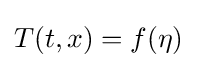
T(t,x)=f(\eta )